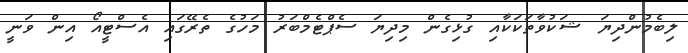
ލިބެމުންދިޔަ ޝަކުވާތަކަކާއި ގުޅިގެން މިދިޔަ ސެޕްޓެމްބަރު މަހުގެ ތެރޭގައި އެސްޓީއޯ އިން ވަނީ